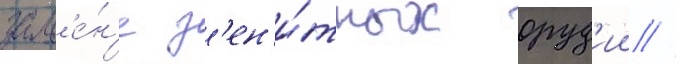
зам'е́н'е з'ен'и́тных оруд'ии //